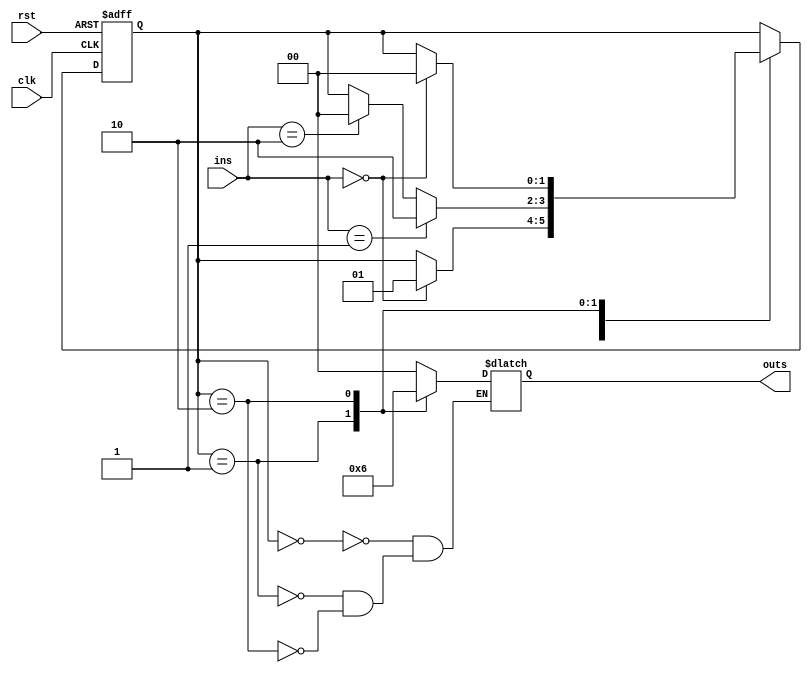
module mealy_state_machine(
    input clk,
    input rst,
    input [1:0] ins,
    output reg [1:0] outs
);

// State definitions
parameter S0 = 2'b00;
parameter S1 = 2'b01;
parameter S2 = 2'b10;

// State register
reg [1:0] state_reg;
always @(posedge clk or posedge rst)
begin
    if (rst)
        state_reg <= S0;
    else
        state_reg <= next_state;
end

// Comb logic
reg [1:0] next_state;
always @*
begin
    next_state = state_reg;
    case (state_reg)
        S0: begin
            if (ins == 2'b00)
                next_state = S1;
        end
        S1: begin
            if (ins == 2'b01)
                next_state = S2;
            else if (ins == 2'b10)
                next_state = S0;
        end
        S2: begin
            if (ins == 2'b00)
                next_state = S0;
        end
    endcase
end

// Output logic
always @*
begin
    case (state_reg)
        S0: outs = 2'b00;
        S1: outs = 2'b01;
        S2: outs = 2'b10;
    endcase
end

endmodule